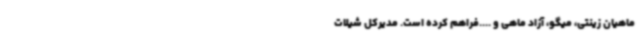
ماهیان زینتی، میگو، آزاد ماهی و ....فراهم کرده است. مدیرکل شیلات